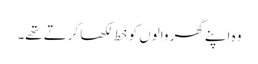
وہ اپنے گھر والوں کو خط لکھا کرتے تھے۔